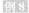
例8